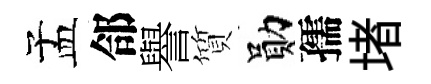
孟郃譽質勛孺堵